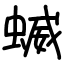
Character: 蝛